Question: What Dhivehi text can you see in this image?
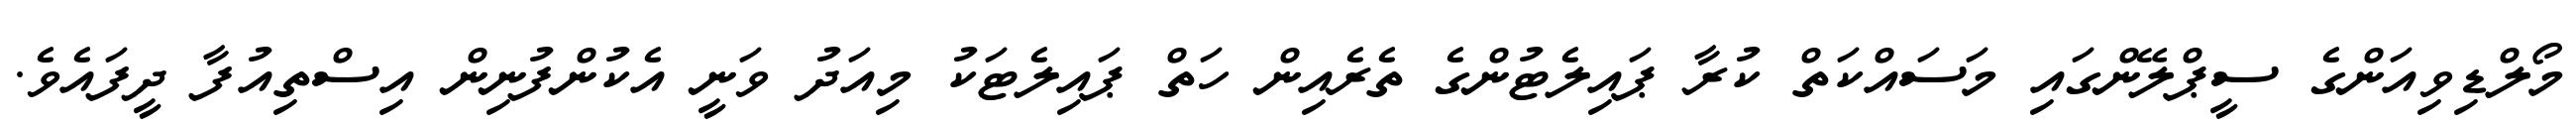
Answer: މޯލްޑިވިއަންގެ ސީޕްލޭންގައި މަސައްކަތް ކުރާ ޕައިލެޓުންގެ ތެރެއިން ހަތް ޕައިލެޓަކު މިއަދު ވަނީ އެކުންފުނިން އިސްތިއުފާ ދީފައެވެ.